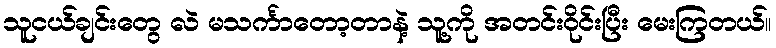
သူငယ်ချင်းတွေ လဲ မသင်္ကာတော့တာနဲ့ သူ့ကို အတင်းဝိုင်းပြီး မေးကြတယ်။